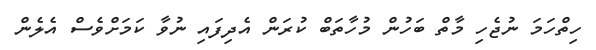
ހިތްހަމަ ނުޖެހި މާތް ބަހުން މުހާތަބް ކުރަން އެދިފައި ނުވާ ކަމަށްވެސް އެލެން